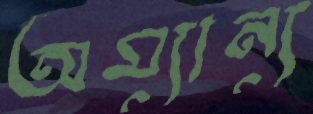
অম্যান্য